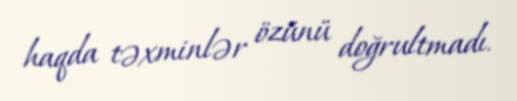
haqda təxminlər özünü doğrultmadı.